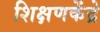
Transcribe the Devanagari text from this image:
शिक्षणकेंद्रे